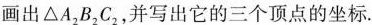
画出\triangle A_{2}B_{2}C_{2}，并写出它的三个顶点的坐标。